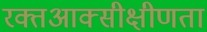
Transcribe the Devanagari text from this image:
रक्तआक्सीक्षीणता